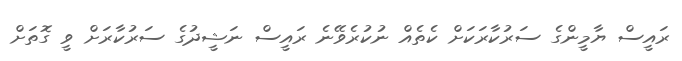
ރައީސް ޔާމީންގެ ސަރުކާރަކަށް ކެތެއް ނުކުރެވޭނެ ރައީސް ނަޝީދުގެ ސަރުކާރަށް ވީ ގޮތަށް